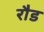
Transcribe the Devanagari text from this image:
रौड